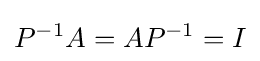
P^{-1}A=AP^{-1}=I